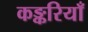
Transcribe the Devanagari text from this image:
कङ्करियाँ